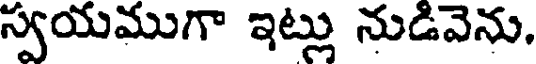
స్వయముగా ఇట్లు నుడివెను.